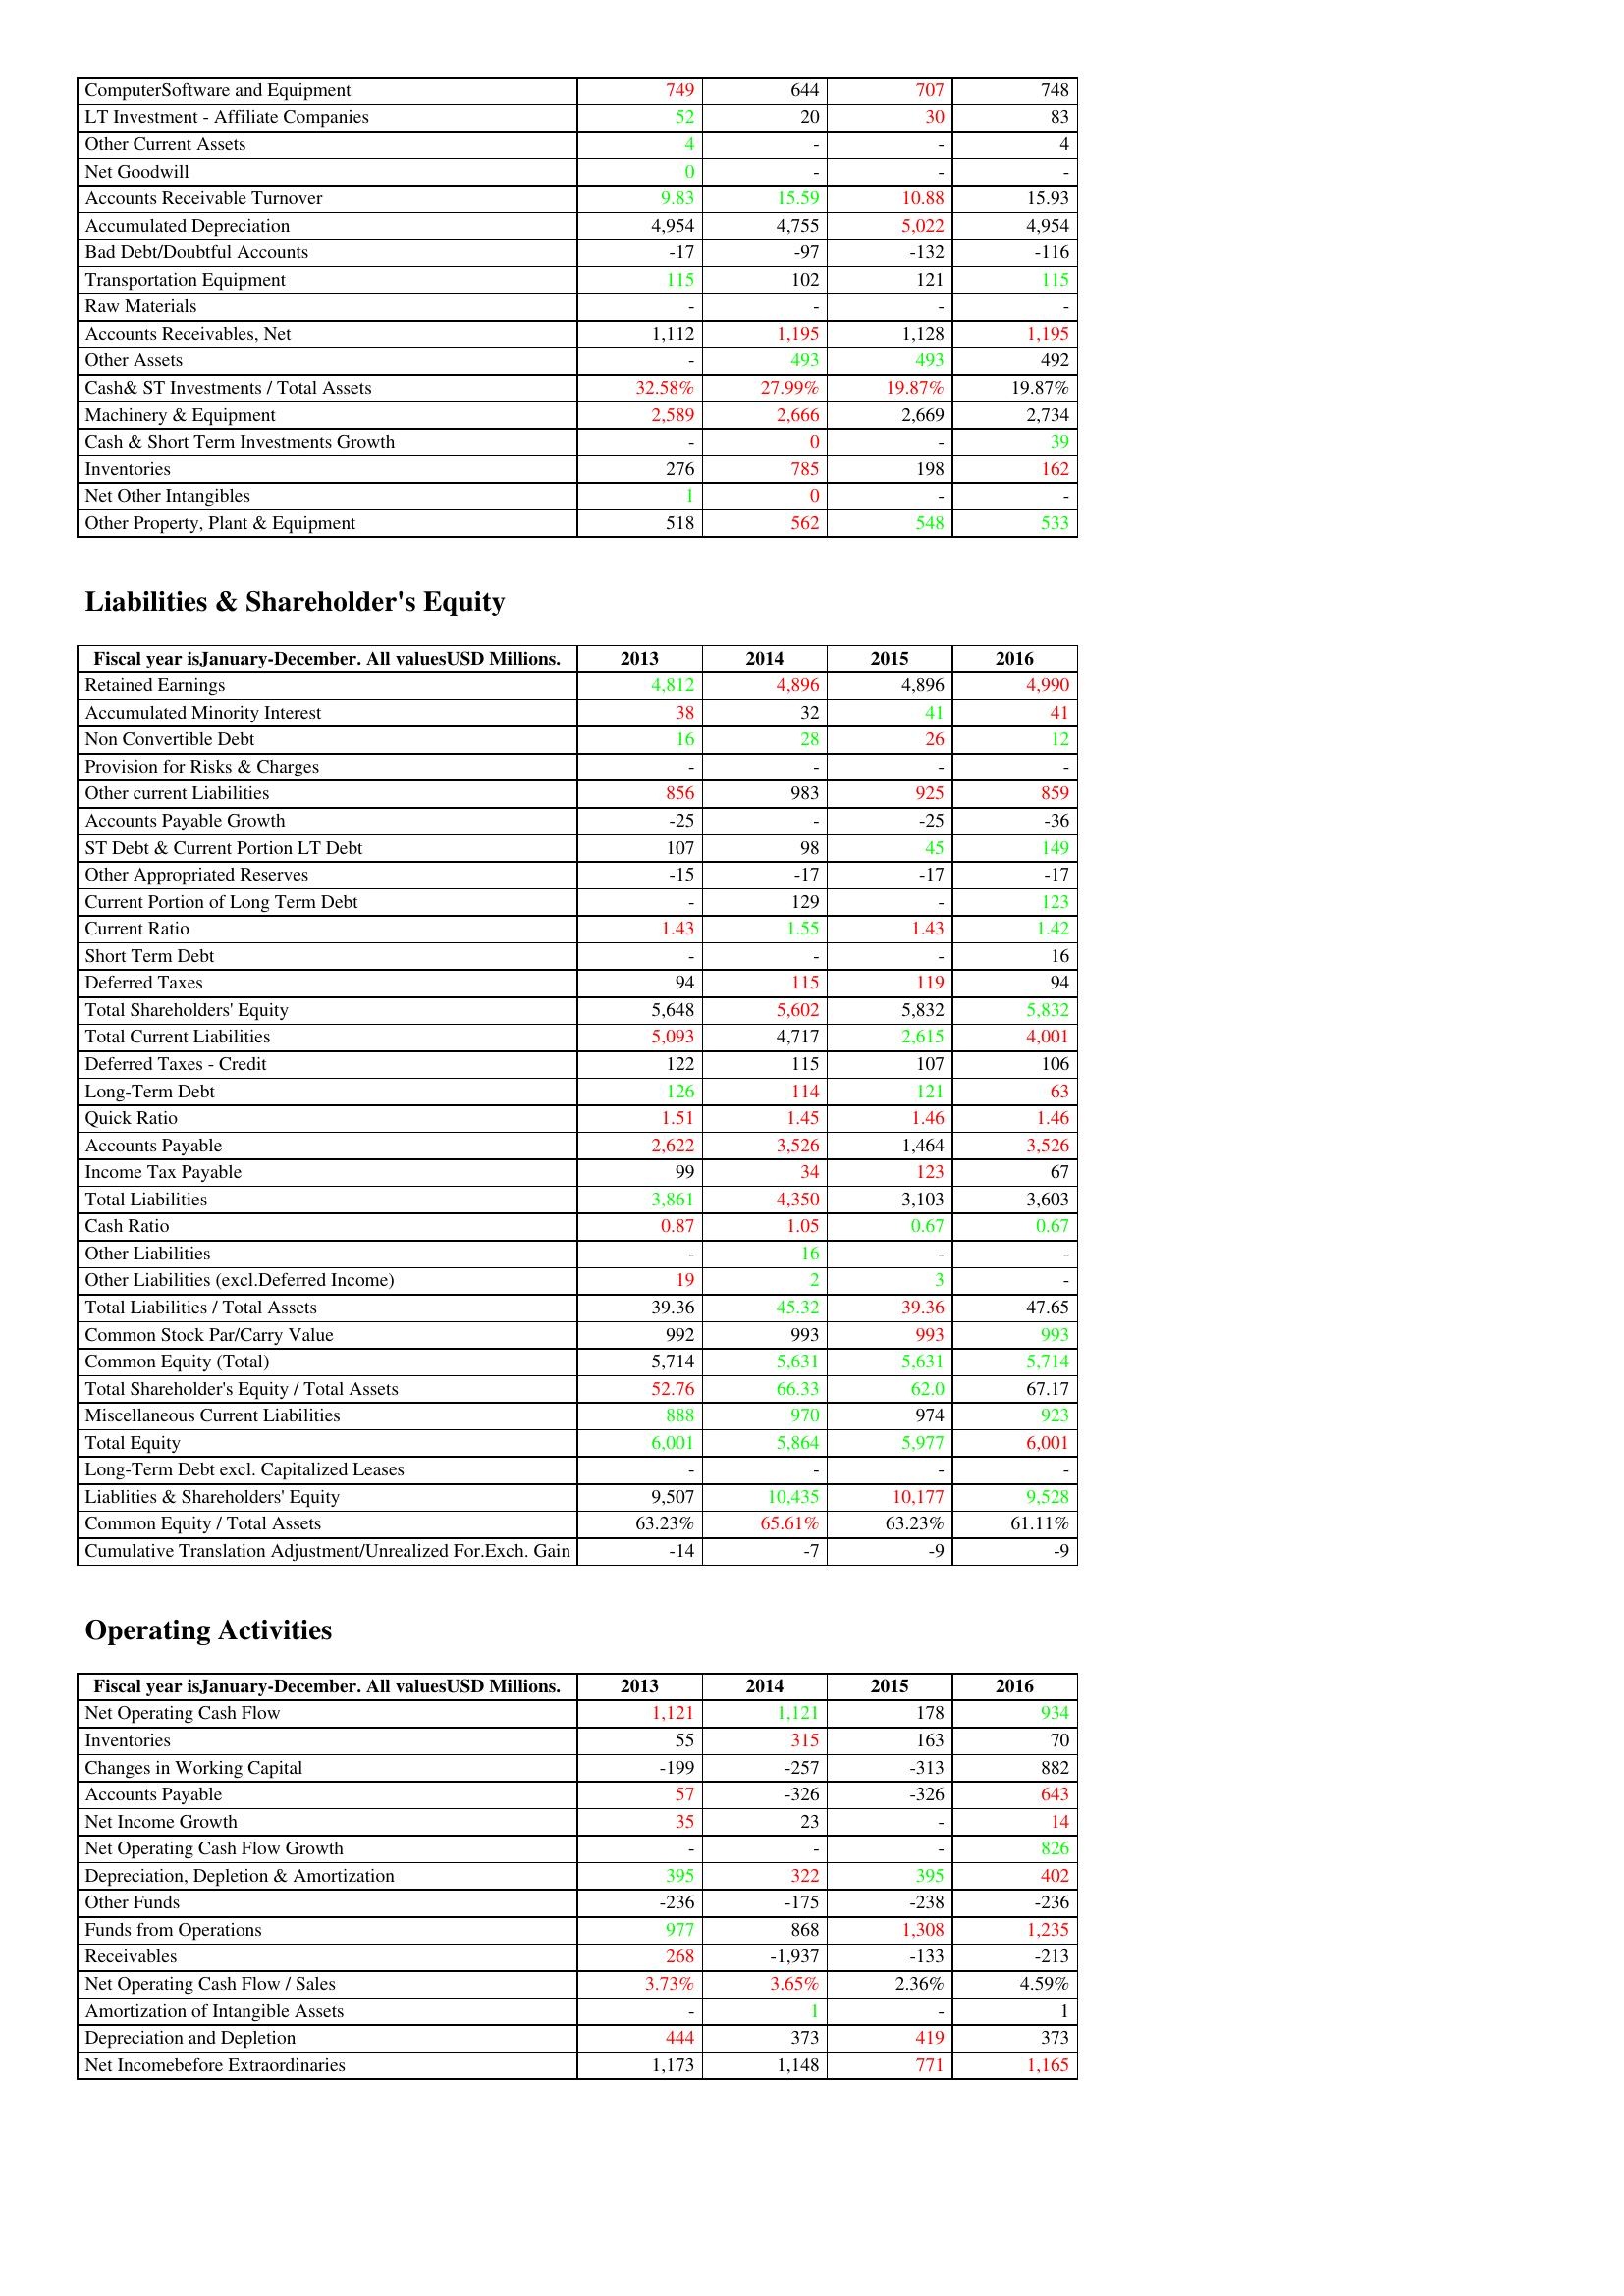
gt_parse: 2013: Assets: ComputerSoftware and Equipment: 749
LT Investment - Affiliate Companies: 52
Other Current Assets: 4
Net Goodwill: 0
Accounts Receivable Turnover: 9.83
Accumulated Depreciation: 4,954
Bad Debt/Doubtful Accounts: -17
Transportation Equipment: 115
Raw Materials: -
Accounts Receivables, Net: 1,112
Other Assets: -
Cash& ST Investments / Total Assets: 32.58%
Machinery & Equipment: 2,589
Cash & Short Term Investments Growth: -
Inventories: 276
Net Other Intangibles: 1
Other Property, Plant & Equipment: 518
Liabilities & Shareholder's Equity: Retained Earnings: 4,812
Accumulated Minority Interest: 38
Non Convertible Debt: 16
Provision for Risks & Charges: -
Other current Liabilities: 856
Accounts Payable Growth: -25
ST Debt & Current Portion LT Debt: 107
Other Appropriated Reserves: -15
Current Portion of Long Term Debt: -
Current Ratio: 1.43
Short Term Debt: -
Deferred Taxes: 94
Total Shareholders' Equity: 5,648
Total Current Liabilities: 5,093
Deferred Taxes - Credit: 122
Long-Term Debt: 126
Quick Ratio: 1.51
Accounts Payable: 2,622
Income Tax Payable: 99
Total Liabilities: 3,861
Cash Ratio: 0.87
Other Liabilities: -
Other Liabilities (excl.Deferred Income): 19
Total Liabilities / Total Assets: 39.36
Common Stock Par/Carry Value: 992
Common Equity (Total): 5,714
Total Shareholder's Equity / Total Assets: 52.76
Miscellaneous Current Liabilities: 888
Total Equity: 6,001
Long-Term Debt excl. Capitalized Leases: -
Liablities & Shareholders' Equity: 9,507
Common Equity / Total Assets: 63.23%
Cumulative Translation Adjustment/Unrealized For.Exch. Gain: -14
Operating Activities: Net Operating Cash Flow: 1,121
Inventories: 55
Changes in Working Capital: -199
Accounts Payable: 57
Net Income Growth: 35
Net Operating Cash Flow Growth: -
Depreciation, Depletion & Amortization: 395
Other Funds: -236
Funds from Operations: 977
Receivables: 268
Net Operating Cash Flow / Sales: 3.73%
Amortization of Intangible Assets: -
Depreciation and Depletion: 444
Net Incomebefore Extraordinaries: 1,173
2014: Assets: ComputerSoftware and Equipment: 644
LT Investment - Affiliate Companies: 20
Other Current Assets: -
Net Goodwill: -
Accounts Receivable Turnover: 15.59
Accumulated Depreciation: 4,755
Bad Debt/Doubtful Accounts: -97
Transportation Equipment: 102
Raw Materials: -
Accounts Receivables, Net: 1,195
Other Assets: 493
Cash& ST Investments / Total Assets: 27.99%
Machinery & Equipment: 2,666
Cash & Short Term Investments Growth: 0
Inventories: 785
Net Other Intangibles: 0
Other Property, Plant & Equipment: 562
Liabilities & Shareholder's Equity: Retained Earnings: 4,896
Accumulated Minority Interest: 32
Non Convertible Debt: 28
Provision for Risks & Charges: -
Other current Liabilities: 983
Accounts Payable Growth: -
ST Debt & Current Portion LT Debt: 98
Other Appropriated Reserves: -17
Current Portion of Long Term Debt: 129
Current Ratio: 1.55
Short Term Debt: -
Deferred Taxes: 115
Total Shareholders' Equity: 5,602
Total Current Liabilities: 4,717
Deferred Taxes - Credit: 115
Long-Term Debt: 114
Quick Ratio: 1.45
Accounts Payable: 3,526
Income Tax Payable: 34
Total Liabilities: 4,350
Cash Ratio: 1.05
Other Liabilities: 16
Other Liabilities (excl.Deferred Income): 2
Total Liabilities / Total Assets: 45.32
Common Stock Par/Carry Value: 993
Common Equity (Total): 5,631
Total Shareholder's Equity / Total Assets: 66.33
Miscellaneous Current Liabilities: 970
Total Equity: 5,864
Long-Term Debt excl. Capitalized Leases: -
Liablities & Shareholders' Equity: 10,435
Common Equity / Total Assets: 65.61%
Cumulative Translation Adjustment/Unrealized For.Exch. Gain: -7
Operating Activities: Net Operating Cash Flow: 1,121
Inventories: 315
Changes in Working Capital: -257
Accounts Payable: -326
Net Income Growth: 23
Net Operating Cash Flow Growth: -
Depreciation, Depletion & Amortization: 322
Other Funds: -175
Funds from Operations: 868
Receivables: -1,937
Net Operating Cash Flow / Sales: 3.65%
Amortization of Intangible Assets: 1
Depreciation and Depletion: 373
Net Incomebefore Extraordinaries: 1,148
2015: Assets: ComputerSoftware and Equipment: 707
LT Investment - Affiliate Companies: 30
Other Current Assets: -
Net Goodwill: -
Accounts Receivable Turnover: 10.88
Accumulated Depreciation: 5,022
Bad Debt/Doubtful Accounts: -132
Transportation Equipment: 121
Raw Materials: -
Accounts Receivables, Net: 1,128
Other Assets: 493
Cash& ST Investments / Total Assets: 19.87%
Machinery & Equipment: 2,669
Cash & Short Term Investments Growth: -
Inventories: 198
Net Other Intangibles: -
Other Property, Plant & Equipment: 548
Liabilities & Shareholder's Equity: Retained Earnings: 4,896
Accumulated Minority Interest: 41
Non Convertible Debt: 26
Provision for Risks & Charges: -
Other current Liabilities: 925
Accounts Payable Growth: -25
ST Debt & Current Portion LT Debt: 45
Other Appropriated Reserves: -17
Current Portion of Long Term Debt: -
Current Ratio: 1.43
Short Term Debt: -
Deferred Taxes: 119
Total Shareholders' Equity: 5,832
Total Current Liabilities: 2,615
Deferred Taxes - Credit: 107
Long-Term Debt: 121
Quick Ratio: 1.46
Accounts Payable: 1,464
Income Tax Payable: 123
Total Liabilities: 3,103
Cash Ratio: 0.67
Other Liabilities: -
Other Liabilities (excl.Deferred Income): 3
Total Liabilities / Total Assets: 39.36
Common Stock Par/Carry Value: 993
Common Equity (Total): 5,631
Total Shareholder's Equity / Total Assets: 62.0
Miscellaneous Current Liabilities: 974
Total Equity: 5,977
Long-Term Debt excl. Capitalized Leases: -
Liablities & Shareholders' Equity: 10,177
Common Equity / Total Assets: 63.23%
Cumulative Translation Adjustment/Unrealized For.Exch. Gain: -9
Operating Activities: Net Operating Cash Flow: 178
Inventories: 163
Changes in Working Capital: -313
Accounts Payable: -326
Net Income Growth: -
Net Operating Cash Flow Growth: -
Depreciation, Depletion & Amortization: 395
Other Funds: -238
Funds from Operations: 1,308
Receivables: -133
Net Operating Cash Flow / Sales: 2.36%
Amortization of Intangible Assets: -
Depreciation and Depletion: 419
Net Incomebefore Extraordinaries: 771
2016: Assets: ComputerSoftware and Equipment: 748
LT Investment - Affiliate Companies: 83
Other Current Assets: 4
Net Goodwill: -
Accounts Receivable Turnover: 15.93
Accumulated Depreciation: 4,954
Bad Debt/Doubtful Accounts: -116
Transportation Equipment: 115
Raw Materials: -
Accounts Receivables, Net: 1,195
Other Assets: 492
Cash& ST Investments / Total Assets: 19.87%
Machinery & Equipment: 2,734
Cash & Short Term Investments Growth: 39
Inventories: 162
Net Other Intangibles: -
Other Property, Plant & Equipment: 533
Liabilities & Shareholder's Equity: Retained Earnings: 4,990
Accumulated Minority Interest: 41
Non Convertible Debt: 12
Provision for Risks & Charges: -
Other current Liabilities: 859
Accounts Payable Growth: -36
ST Debt & Current Portion LT Debt: 149
Other Appropriated Reserves: -17
Current Portion of Long Term Debt: 123
Current Ratio: 1.42
Short Term Debt: 16
Deferred Taxes: 94
Total Shareholders' Equity: 5,832
Total Current Liabilities: 4,001
Deferred Taxes - Credit: 106
Long-Term Debt: 63
Quick Ratio: 1.46
Accounts Payable: 3,526
Income Tax Payable: 67
Total Liabilities: 3,603
Cash Ratio: 0.67
Other Liabilities: -
Other Liabilities (excl.Deferred Income): -
Total Liabilities / Total Assets: 47.65
Common Stock Par/Carry Value: 993
Common Equity (Total): 5,714
Total Shareholder's Equity / Total Assets: 67.17
Miscellaneous Current Liabilities: 923
Total Equity: 6,001
Long-Term Debt excl. Capitalized Leases: -
Liablities & Shareholders' Equity: 9,528
Common Equity / Total Assets: 61.11%
Cumulative Translation Adjustment/Unrealized For.Exch. Gain: -9
Operating Activities: Net Operating Cash Flow: 934
Inventories: 70
Changes in Working Capital: 882
Accounts Payable: 643
Net Income Growth: 14
Net Operating Cash Flow Growth: 826
Depreciation, Depletion & Amortization: 402
Other Funds: -236
Funds from Operations: 1,235
Receivables: -213
Net Operating Cash Flow / Sales: 4.59%
Amortization of Intangible Assets: 1
Depreciation and Depletion: 373
Net Incomebefore Extraordinaries: 1,165